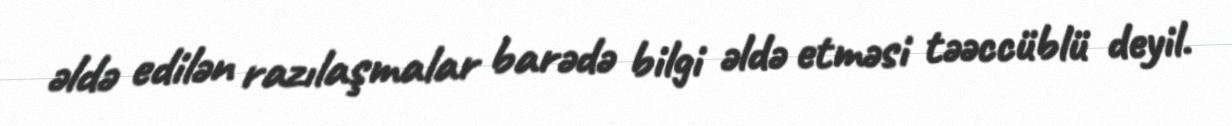
əldə edilən razılaşmalar barədə bilgi əldə etməsi təəccüblü deyil.